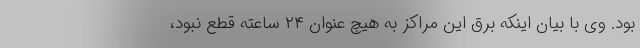
بود. وی با بیان اینکه برق این مراکز به هیچ عنوان ۲۴ ساعته قطع نبود،